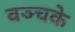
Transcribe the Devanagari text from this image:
वञ्चके